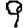
Digit: 9